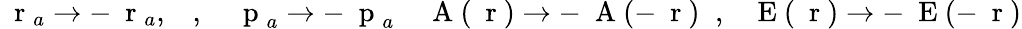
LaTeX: \mathrm{~\mathbf~r~}_{a}\to-\mathrm{~\mathbf~r~}_{a},\; \; \; ,\; \; \; \mathrm{~\mathbf~p~}_{a}\to-\mathrm{~\mathbf~p~}_{a}\; \; \; \mathrm{~\mathbf~A~}(\mathrm{~\mathbf~r~})\to-\mathrm{~\mathbf~A~}(-\mathrm{~\mathbf~r~})\; \; ,\; \; \mathrm{~\mathbf~E~}(\mathrm{~\mathbf~r~})\to-\mathrm{~\mathbf~E~}(-\mathrm{~\mathbf~r~})